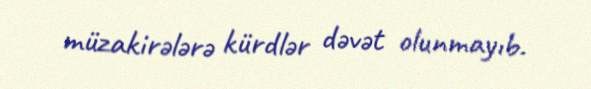
müzakirələrə kürdlər dəvət olunmayıb.